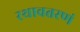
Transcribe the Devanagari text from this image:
रथावतरणं